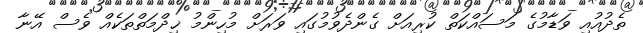
ތެދުއުއި ވަޑާމުގެ މަސައްކަތް ކުރިއަށް ގެންދެވުމުގައި ވަރަށް މުހިންމު ޚިދްމަތްތަކެއް ވެސް އޭނާ